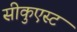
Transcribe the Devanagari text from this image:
सीकुएस्ट